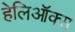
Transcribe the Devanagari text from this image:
हेलिऑक्स